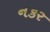
નકર